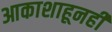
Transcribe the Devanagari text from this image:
आकाशाहूनही